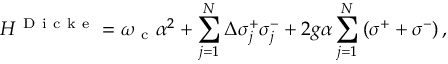
H ^ { \mathrm { ~ D ~ i ~ c ~ k ~ e ~ } } = \omega _ { \mathrm { ~ c ~ } } \alpha ^ { 2 } + \sum _ { j = 1 } ^ { N } \Delta \sigma _ { j } ^ { + } \sigma _ { j } ^ { - } + 2 g \alpha \sum _ { j = 1 } ^ { N } \left( \sigma ^ { + } + \sigma ^ { - } \right) ,